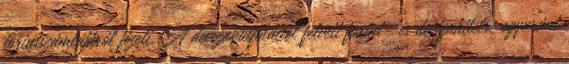
forintszámlájáról fizeti. A devizakülfölditől felvett forint- és devizahitelre egyaránt